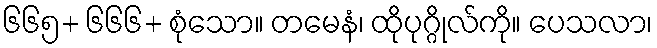
၆၆၅+ ၆၆၆+ စုံသော။ တမေနံ၊ ထိုပုဂ္ဂိုလ်ကို။ ပေသလာ၊